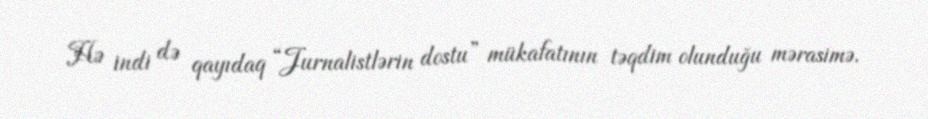
Hə indi də qayıdaq “Jurnalistlərin dostu” mükafatının təqdim olunduğu mərasimə.